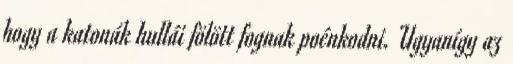
hogy a katonák hullái fölött fognak poénkodni. Ugyanígy az